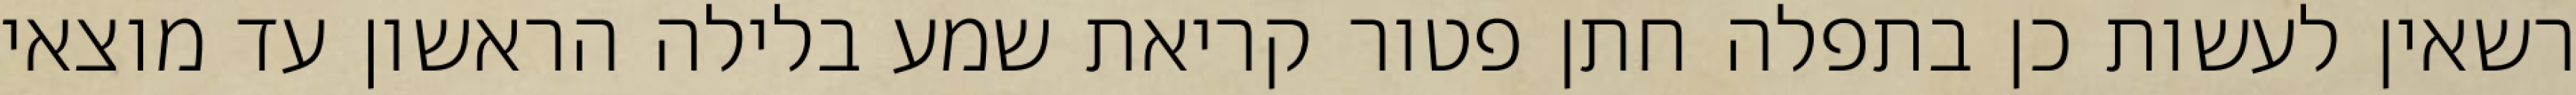
רשאין לעשות כן בתפלה חתן פטור קריאת שמע בלילה הראשון עד מוצאי